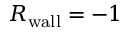
R _ { \mathrm { w a l l } } = - 1